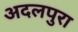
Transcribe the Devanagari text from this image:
अदलपुरा